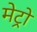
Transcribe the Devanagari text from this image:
मेट्रों